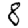
Digit: 8